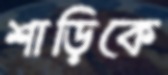
শাড়িকে